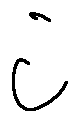
i